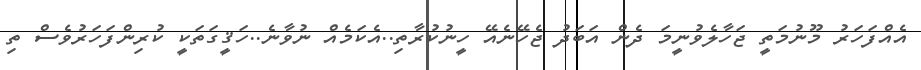
އެއްފަހަރު މޫނުމަތީ ޖަހާލެވުނީމަ ދެން އަބަދު ޖެހޭނެއޭ ހީނުކުރާތި..އެކަމެއް ނުވާނެ..ހަޤީގަތަކީ ކުރިންފަހަރުވެސް ތި